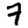
Digit: 7